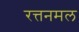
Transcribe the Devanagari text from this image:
रत्तनमल